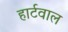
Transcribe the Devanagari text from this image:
हार्टवाल